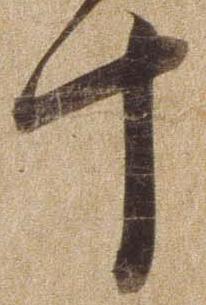
十